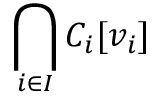
\bigcap _ { i \in I } C _ { i } [ v _ { i } ]